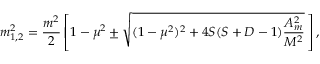
m _ { 1 , 2 } ^ { 2 } = \frac { m ^ { 2 } } { 2 } \left[ 1 - \mu ^ { 2 } \pm \sqrt { ( 1 - \mu ^ { 2 } ) ^ { 2 } + 4 S ( S + D - 1 ) \frac { { \cal A } _ { m } ^ { 2 } } { M ^ { 2 } } } \, \right] { , }